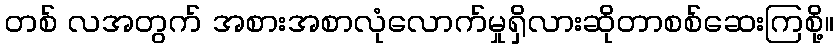
တစ် လအတွက် အစားအစာလုံလောက်မှုရှိလားဆိုတာစစ်ဆေးကြစို့။